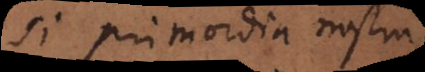
Si primordia nostra